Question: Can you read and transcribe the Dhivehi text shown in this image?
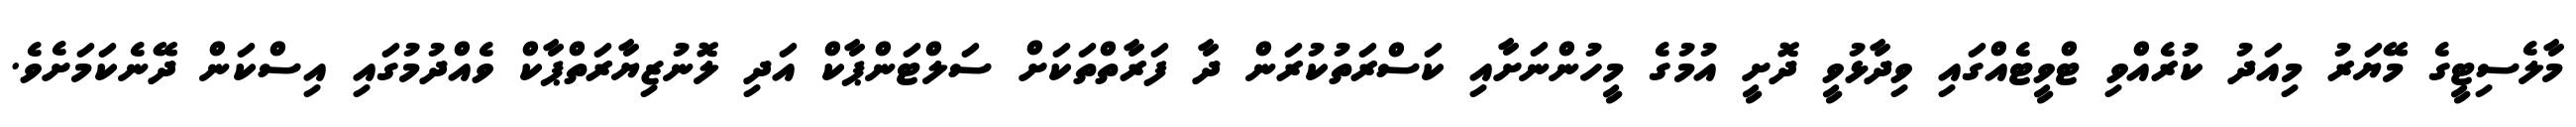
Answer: މާލެސިޓީގެ މޭޔަރު މިއަދު ކުރެއްވި ޓްވީޓެއްގައި ވިދާޅުވީ ދޮށީ އުމުގެ މީހުންނަށާއި ކަސްރަތުކުރަން ދާ ފަރާތްތަކަށް ސަލްޓަންޕާކް އަދި ލޮނުޒިޔާރަތްޕާކް ވެއްދުމުގައި އިސްކަން ދޭނެކަމަށެވެ.